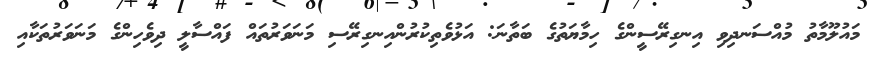
މައުލޫމާތު މުއްސަނދިވި އިނގިރޭސީންގެ ހިމާޔަތުގެ ބަތާނަ: އަޅުވެތިކުރުންއިނގިރޭސި މަނަވަރުތައް ފައްސާލީ ދިވެހިންގެ މަނަވަރުތަކާއި